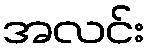
အလင်း